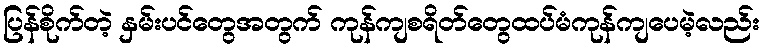
ပြန်စိုက်တဲ့ နှမ်းပင်တွေအတွက် ကုန်ကျစရိတ်တွေထပ်မံကုန်ကျပေမဲ့လည်း